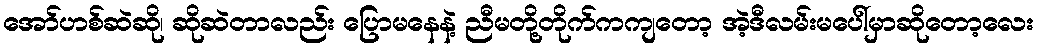
အော်ဟစ်ဆဲဆို၊ ဆိုဆဲတာလည်း ပြောမနေနဲ့ ညီမတို့တိုက်ကကျတော့ အဲ့ဒီလမ်းမပေါ်မှာဆိုတော့လေး